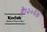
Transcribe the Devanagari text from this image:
है।२०६७